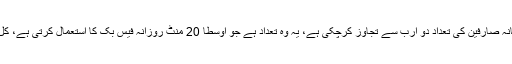
فیس بک کی آفیشل رپورٹ کےمطابق جولائی 2017 تک فیس بک کے ماہانہ صارفین کی تعداد دو ارب سے تجاوز کرچکی ہے، یہ وہ تعداد ہے جو اوسطا 20 منٹ روزانہ فیس بک کا استعمال کرتی ہے، کل اکاؤنٹس کی تعداد کتنی ہے اس بات کا پتہ صرف فیس بک انتظامیہ کو ہے۔